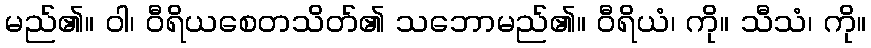
မည်၏။ ဝါ၊ ဝီရိယစေတသိတ်၏ သဘောမည်၏။ ဝီရိယံ၊ ကို။ သီသံ၊ ကို။